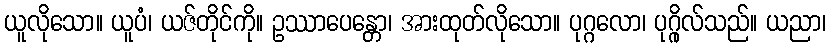
ယူလိုသော။ ယူပံ၊ ယဇ်တိုင်ကို။ ဥဿာပေန္တော၊ အားထုတ်လိုသော။ ပုဂ္ဂလော၊ ပုဂ္ဂိုလ်သည်။ ယညာ၊